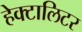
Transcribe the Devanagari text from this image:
हेक्टालिटर